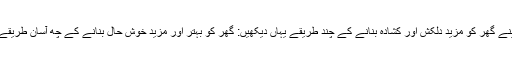
اپنے گھر کو مزید دلکش اور کشادہ بنانے کے چند طریقے یہاں دیکھیں: گھر کو بہتر اور مزید خوش حاَل بنانے کے چھ آساَن طریقے۔